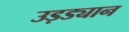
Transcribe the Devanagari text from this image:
उड़ड्यान